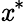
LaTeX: \mathit{x}^{*}